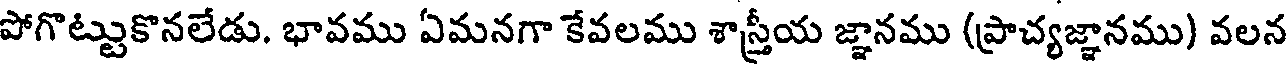
పోగొట్టుకొనలేడు. భావము ఏమనగా కేవలము శాస్త్రీయ జ్ఞానము (ప్రాచ్యజ్ఞానము) వలన